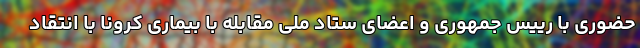
حضوری با رییس جمهوری و اعضای ستاد ملی مقابله با بیماری کرونا با انتقاد